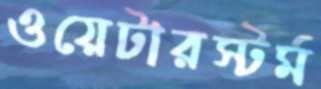
ওয়েটারস্টর্ম